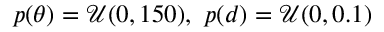
p ( \theta ) = \mathcal { U } ( 0 , 1 5 0 ) , \ p ( d ) = \mathcal { U } ( 0 , 0 . 1 )